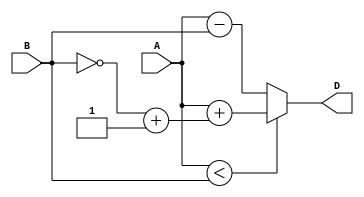
module comb_logic_subtractor (
    input [7:0] A,
    input [7:0] B,
    output reg [7:0] D
);

reg carry;
reg [7:0] twos_complement_B;

assign twos_complement_B = ~B + 1;

always @(*) begin
    if (A < B) begin
        carry = 1;
        D = A + twos_complement_B;
    end else begin
        carry = 0;
        D = A - B;
    end
end

endmodule